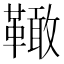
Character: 𩍉